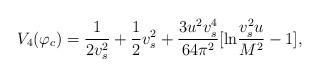
LaTeX: \begin{align*}V_{4}(\varphi_{c})= \frac{1}{2v_{s}^{2}}+\frac{1}{2}v_{s}^{2}+ \frac{3u^{2}v_{s}^{4}}{64\pi^{2}}[{\rm ln}\frac{v_{s}^{2}u}{M^{2}}-1] ,\end{align*}